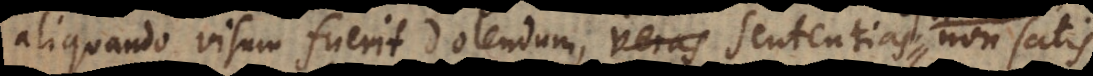
quando visum fuerit dolendum, veras sententias sententi